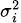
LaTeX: \scriptstyle\sigma_{i}^{2}